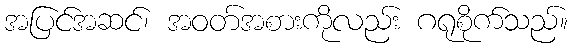
အပြင်အဆင်၊ အဝတ်အစားကိုလည်း ဂရုစိုက်သည်။